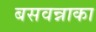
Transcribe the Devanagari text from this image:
बसवन्नाका